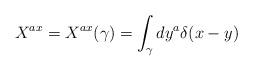
LaTeX: \begin{align*}X^{ax} = X^{ax} (\gamma) = \int_{\gamma} dy^a \delta (x - y)\end{align*}